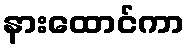
နားထောင်ကာ